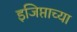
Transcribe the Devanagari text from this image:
इजिप्ताच्या